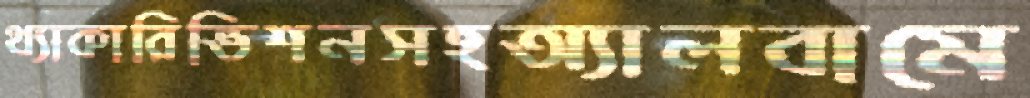
থ্যাকারিভিশনসহঅ্যালবামে